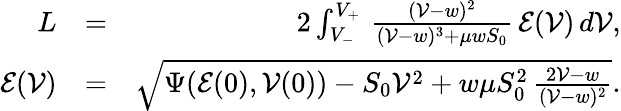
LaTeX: \begin{array}{rlr}{L}&{=}&{2\int_{V_{-}}^{V_{+}}\, \frac{({\mathcal V}-w)^{2}}{({\mathcal V}-w)^{3}+\mu wS_{0}}\, {\mathcal E}({\mathcal V})\, d{\mathcal V},}\\ {{\mathcal E}({\mathcal V})}&{=}&{\sqrt{\Psi({\mathcal E}(0),{\mathcal V}(0))-S_{0}{\mathcal V}^{2}+{w\mu S_{0}^{2}}\, \frac{2{\mathcal V}-w}{({\mathcal V}-w)^{2}}}.}\end{array}